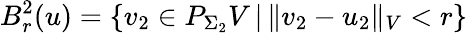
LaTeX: B_{r}^{2}(u)=\{ v_{2}\in P_{\Sigma_{2}}V\, |\, \Vert v_{2}-u_{2}\Vert_{V}<r\}